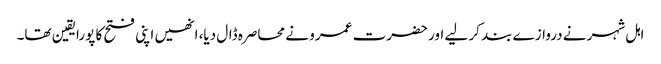
اہل شہر نے دروازے بند کر لیے اور حضرت عمرو نے محاصرہ ڈال دیا، انھیں اپنی فتح کا پورایقین تھا۔